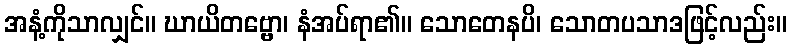
အနံ့ကိုသာလျှင်။ ဃာယိတဗ္ဗော၊ နံအပ်ရာ၏။ သောတေနပိ၊ သောတပသာဒဖြင့်လည်း။